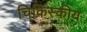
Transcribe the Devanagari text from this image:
चिकिस्कीय